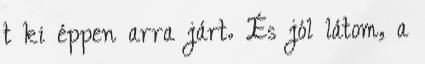
t ki éppen arra járt. És jól látom, a